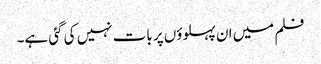
فلم میں ان پہلوؤں پر بات نہیں کی گئی ہے۔